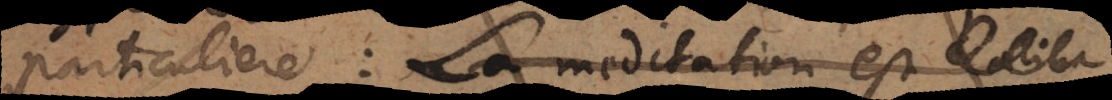
particuliere: La meditation est l’alim